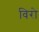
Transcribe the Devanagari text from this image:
विरो